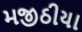
મજીઠીયા